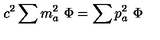
c ^ { 2 } \sum m _ { a } ^ { 2 } \ \Phi = \sum p _ { a } ^ { 2 } \ \Phi